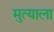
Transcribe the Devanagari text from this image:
मुत्याला